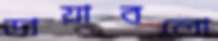
ডায়াবলো